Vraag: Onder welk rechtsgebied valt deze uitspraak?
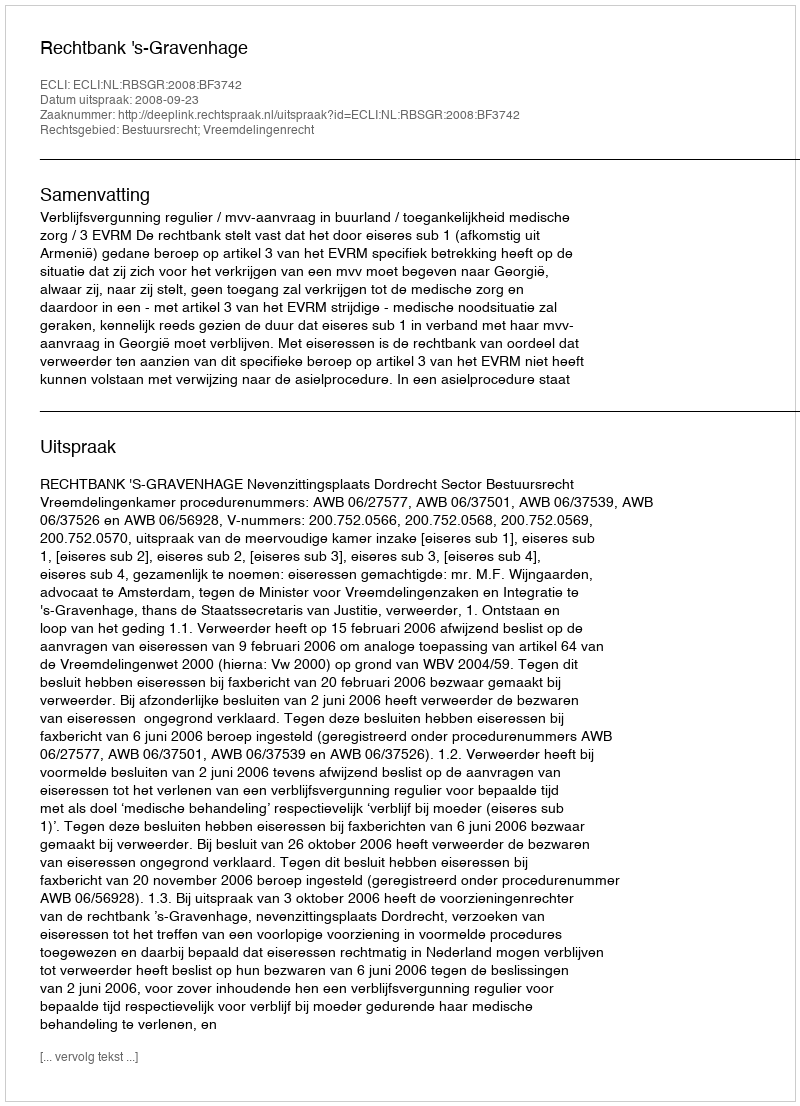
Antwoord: Bestuursrecht; Vreemdelingenrecht